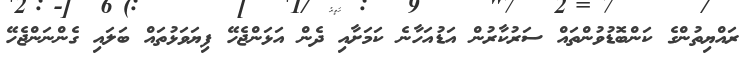
ރައްޔިތުންގެ ކަންބޮޑުވުންތައް ސަރުކާރުން އަޑުއަހާނެ ކަމަށާއި ދެން އަޅަންޖެހޭ ފިޔަވަޅުތައް ބަލައި ގެންނަންޖެހޭ